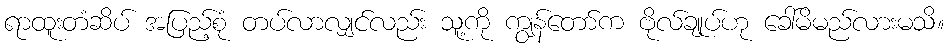
ရာထူးတံဆိပ် အပြည့်စုံ တပ်လာလျှင်လည်း သူ့ကို ကျွန်တော်က ဗိုလ်ချုပ်ဟု ခေါ်မိမည်လားမသိ။